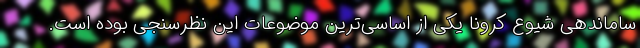
ساماندهی شیوع کرونا یکی از اساسی‌ترین موضوعات این نظرسنجی بوده است.